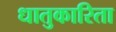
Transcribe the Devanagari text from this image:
धातुकारिता